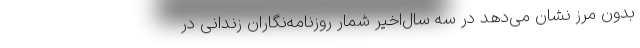
بدون مرز نشان می‌دهد در سه سال‌اخیر شمار روزنامه‌نگاران زندانی در